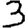
Digit: 3